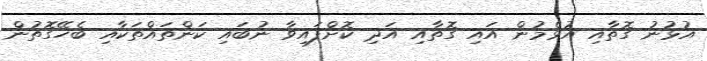
އުޅުނު ގޮތާއި އުޅެމުން އައި ގޮތާއި އަދި ކޮށްފައިވާ ނުބައި ކަންތައްތަކާއި ބެހޭގޮތުން